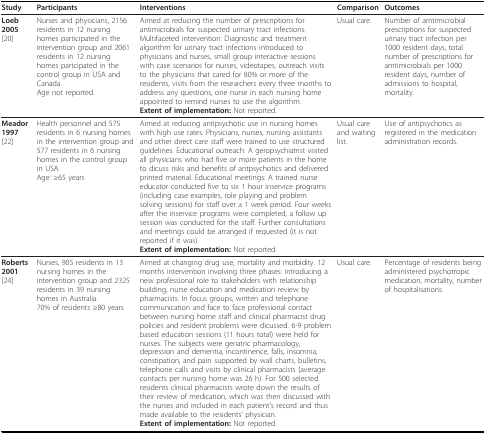
<table><thead><tr><td><b>Study</b></td><td><b>Participants</b></td><td><b>Interventions</b></td><td><b>Comparison</b></td><td><b>Outcomes</b></td></tr></thead><tbody><tr><td><b>Loeb 2005 </b>[20]</td><td>Nurses and physicians, 2156 residents in 12 nursing homes participated in the intervention group and 2061 residents in 12 nursing homes partcipated in the control group in USA and Canada.Age not reported.</td><td>Aimed at reducing the number of prescriptions for antimicrobials for suspected urinary tract infections. Multifaceted intervention: Diagnostic and treatment algorithm for urinary tract infections introduced to physicians and nurses, small group interactive sessions with case scenarios for nurses, videotapes, outreach visits to the physicians that cared for 80% or more of the residents, visits from the researchers every three months to address any questions, one nurse in each nursing home appointed to remind nurses to use the algorithm.<b>Extent of implementation: </b>Not reported.</td><td>Usual care.</td><td>Number of amtimicrobial prescriptions for suspected urinary tract infection per 1000 resident days, total number of prescriptions for amtimicrobials per 1000 resident days, number of admissions to hospital, mortality.</td></tr><tr><td><b>Meador</b><b>1997 </b>[22]</td><td>Health personnel and 575 residents in 6 nursing homes in the intervention group and 577 residents in 6 nursing homes in the control group in USA.Age: ≥65 years</td><td>Aimed at reducing antipsychotic use in nursing homes with high use rates. Physicians, nurses, nursing assistants and other direct care staff were trained to use structured guidelines. Educational outreach: A geropsychiatrist visited all physicians who had five or more patients in the home to dicuss risks and benefits of antpsychotics and delivered printed material. Educational meetings: A trained nurse educator conducted five to six 1 hour inservice programs (including case examples, role playing and problem solving sessions) for staff over a 1 week period. Four weeks after the inservice programs were completed, a follow up session was conducted for the staff. Further consultations and meetings could be arranged if requested (it is not reported if it was).<b>Extent of implementation: </b>Not reported.</td><td>Usual care and waiting list.</td><td>Use of antipsychotics as registered in the medication administration records.</td></tr><tr><td><b>Roberts 2001 </b>[24]</td><td>Nurses, 905 residents in 13 nursing homes in the intervention group and 2325 residents in 39 nursing homes in Australia.70% of residents ≥80 years</td><td>Aimed at changing drug use, mortality and morbidity. 12 months intervention involving three phases: introducing a new professional role to stakeholders with relationship building, nurse education and medication review by pharmacists. In focus groups, written and telephone communication and face to face professional contact between nursing home staff and clinical pharmacist drug policies and resident problems were dicussed. 6-9 problem based education sessions (11 hours total) were held for nurses. The subjects were geriatric pharmacology, depression and dementia, incontinence, falls, insomnia, constipation, and pain supported by wall charts, bulletins, telephone calls and visits by clinical pharmacists (average contacts per nursing home was 26 h). For 500 selected residents clinical pharmacists wrote down the results of their review of medication, which was then discussed with the nurses and included in each patient&#x27;s record and thus made available to the residents&#x27; physician.<b>Extent of implementation: </b>Not reported.</td><td>Usual care.</td><td>Percentage of residents being administered psychotropic medication, mortality, number of hospitalisations.</td></tr></tbody></table>